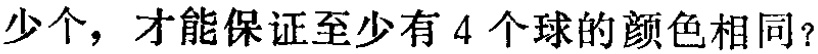
少个，才能保证至少有 4 个球的颜色相同？